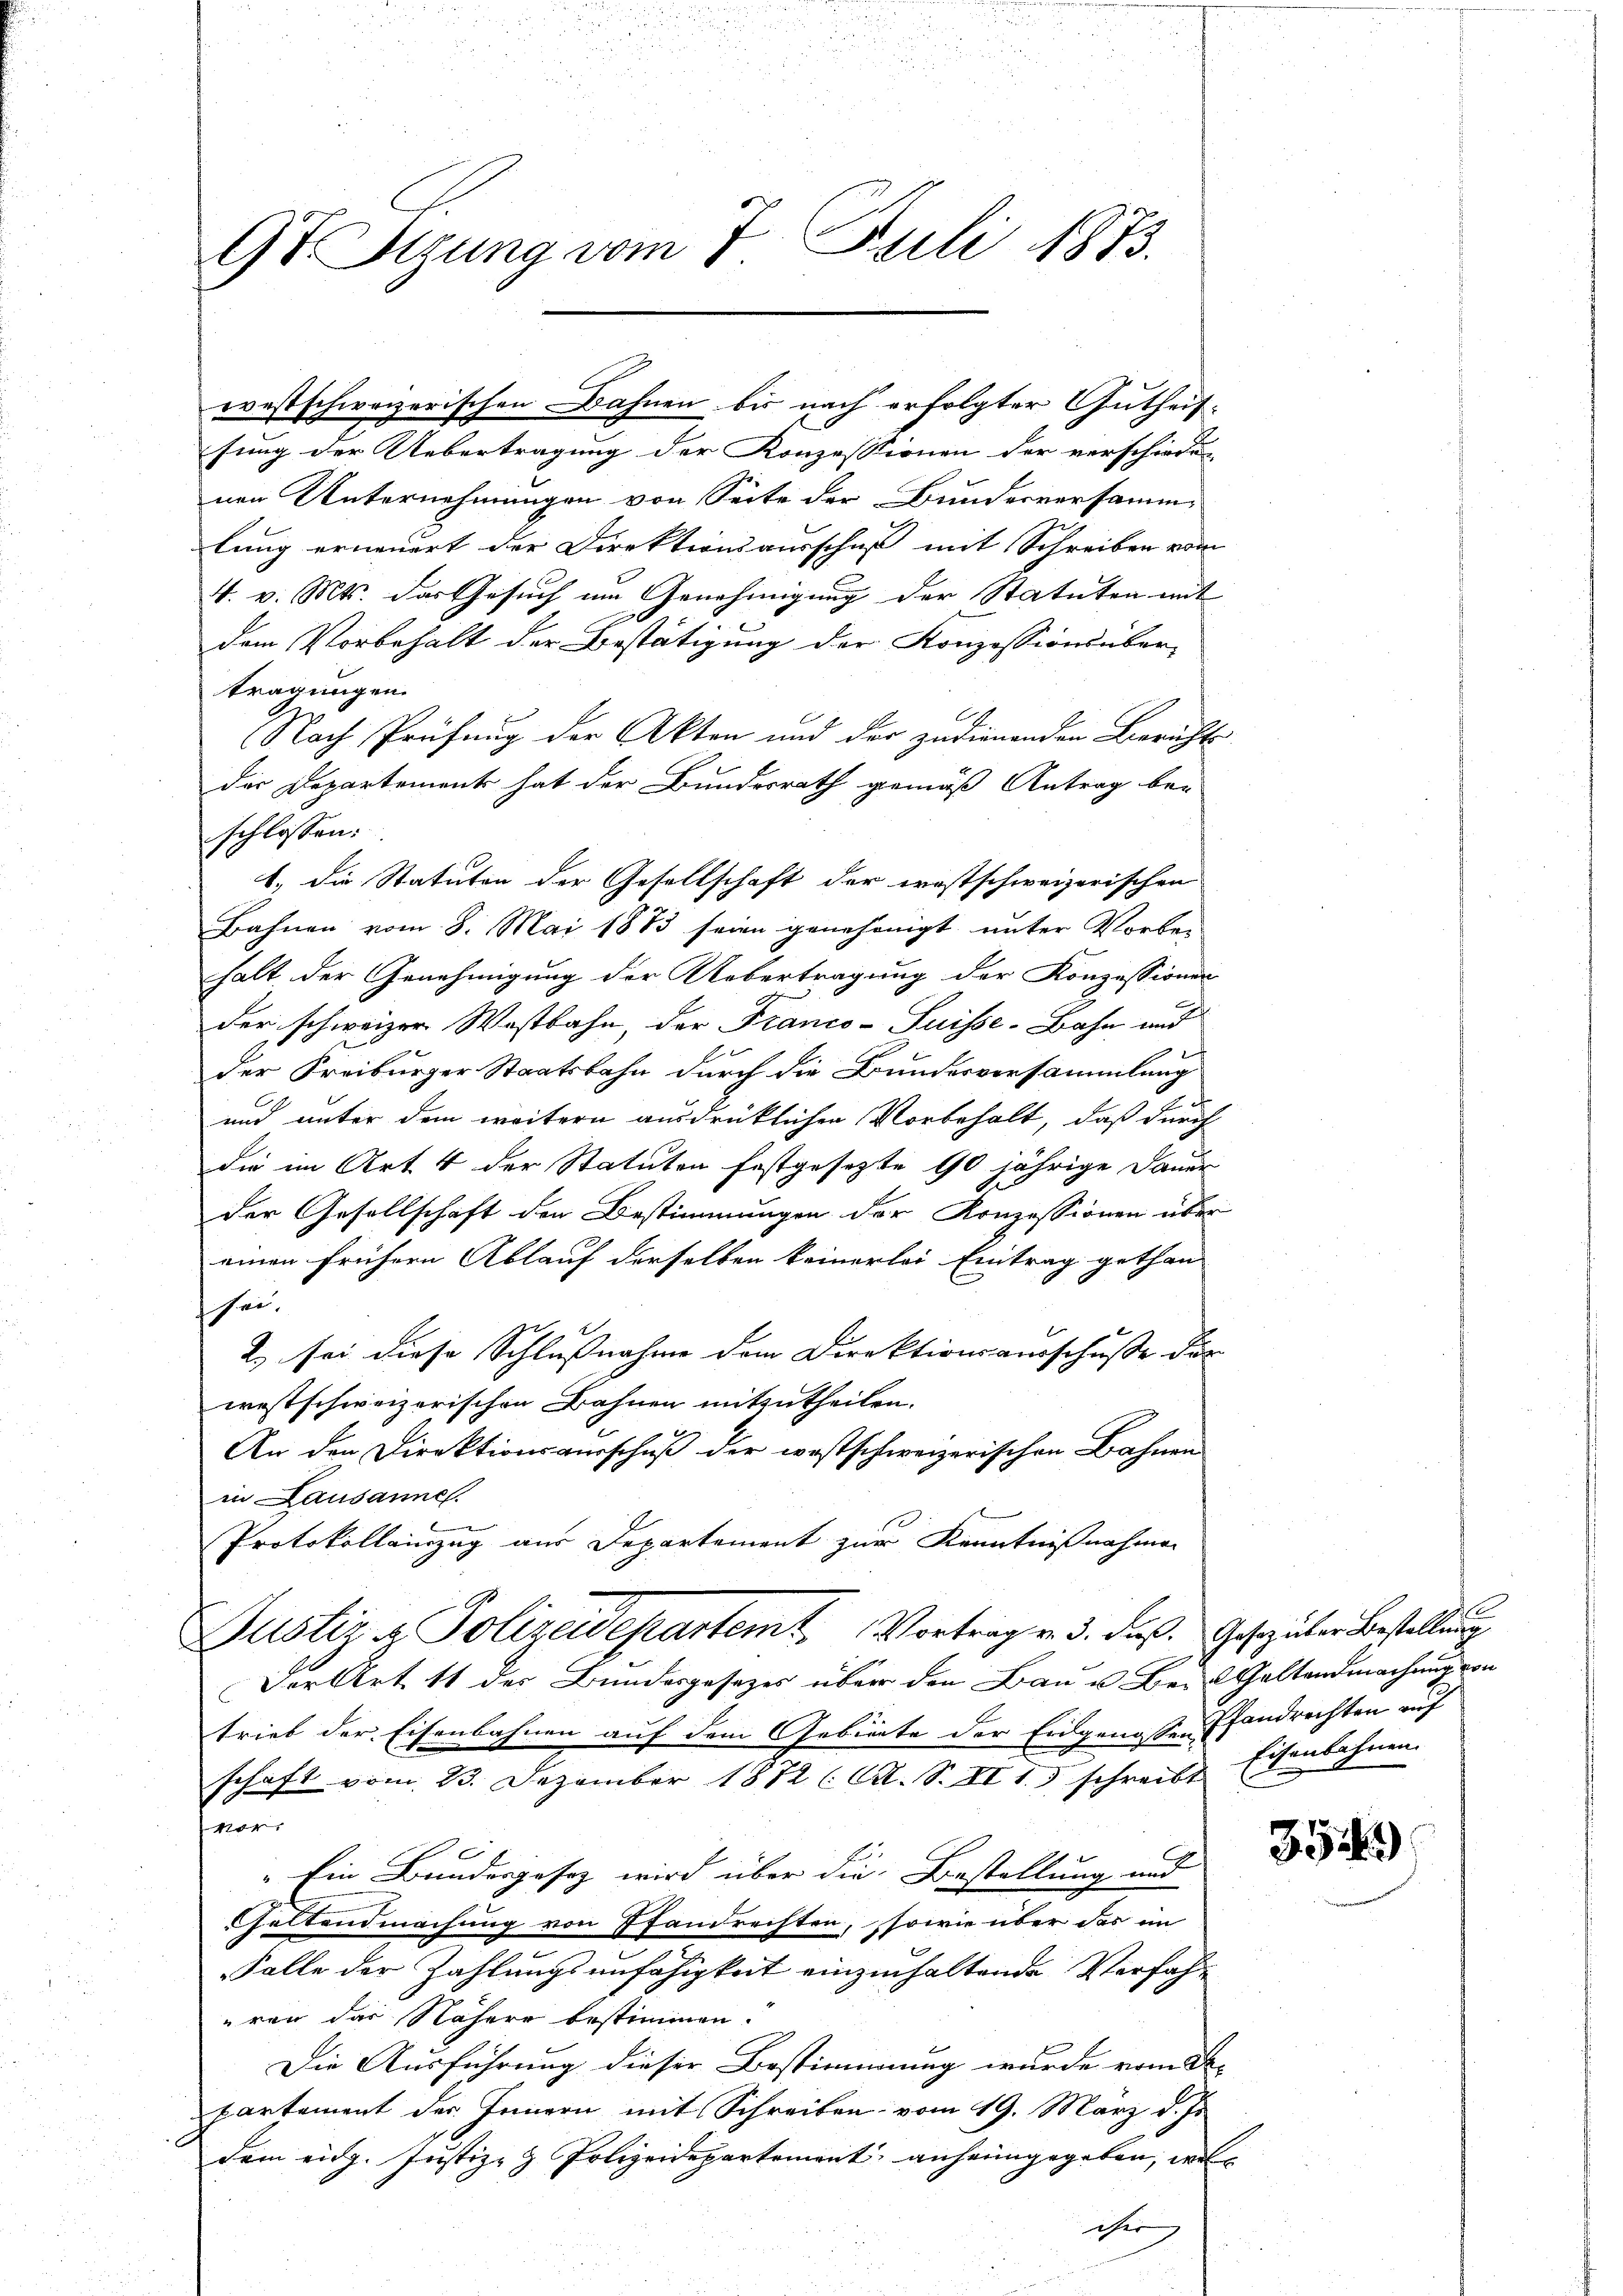
9t Tigung vom 7. Juli 1873.

sung der Uebertragung der Konzessionen der verschiede
nen Unternehmungen von Seite der Bundesversamm-
lung erneuert der Direktionsausschuß mit Schreiben vom
4. v. Mts. das Gesuch um Genehmigung der Statuten mit
dem Vorbehalt der Bestätigung der Konzessionsüber-
tragungen.
Nach Prüfung der Akten und der zudienenden Berichts
Dir Departement hat der Bundesrath gemäß Antrag be-
schlossen:
Bahnen vom 8. Mai 1883 seien genehmigt unter Vorbe-
halt der Genehmigung der Uebertragung der Konzessionen
der schweizer Westbahn, der Franco-Suisse-Bahn und
der Freiburger Staatsbahn durch die Bundesversammlung
und unter dem weitern ausdrücklichen Vorbehalt, daß durch
die im Art 4 der Statuten festgesezte 90 jährige Dauer
der Gesellschaft den Bestimmungen der Konzessionen über
einen frühern Ablauf derselben keinerlei Eintrag gethan
sei.
2.) sei diese Schlußnahme dem Direktionsausschusse der
westschweizerischen Bahnen mitzutheilen.
An den Direktionsausschuß der westschweizerischen Bahnen
in Lausanne.
Protokolleinzug aus Departement zur Kenntnißnahmen
Justiz & Polizeidepartemt. Vortrag v. 3. daß. Gesezeter Bestellung
Der Art 11 des Bundesgesezes über den Bau u. Herr Geltendmachung von
trieb der Eisenbahnen auf dem Gebierte der Eidgenossen fandrechten auf
schaft vom 23. Dezember 1872 (C. S. II 1.) schreibt Eisenbahnen.
.
vor
"Ein Bundesgesez wird über die Bestellung und
Geltendmachung von Pfandrechten, sowie über das im
Folle der Zahlungsunfähigkeit einzuhaltende Verfahuren das Nähere bestimmen.
Die Ausführung dieser Bestimmung wurde vom 3.
partement des Innern mit Schreiben vom 19. März d. Js.
dem eidg. Justiz- & Polizeidepartement, anheimgegeben, welc
iher

westschweizerischen Bahnen bis nach erfolgter Gutheit

1. die Statuten der Gesellschaft der erostschweizerischen

354